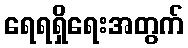
ရေရရှိရေးအတွက်